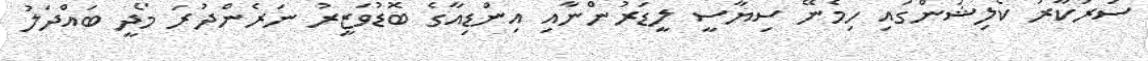
ސަރުކާރު ކޯލިޝަންގައި ހިމެނޭ ސިޔާސީ ލީޑަރުންނާއި އިންޑިއާގެ ބޮޑުވަޒީރު ނަރެންދުރަ މޯދީ ބައްދަލު